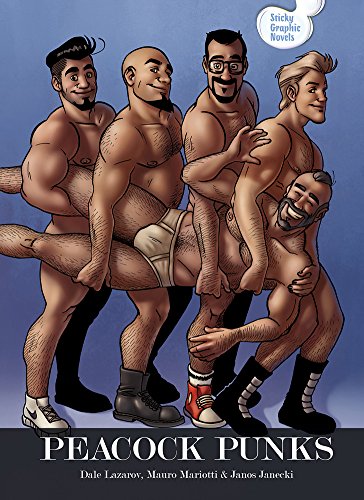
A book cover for Peacock Punks; Dale Lazarov; Comics & Graphic Novels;